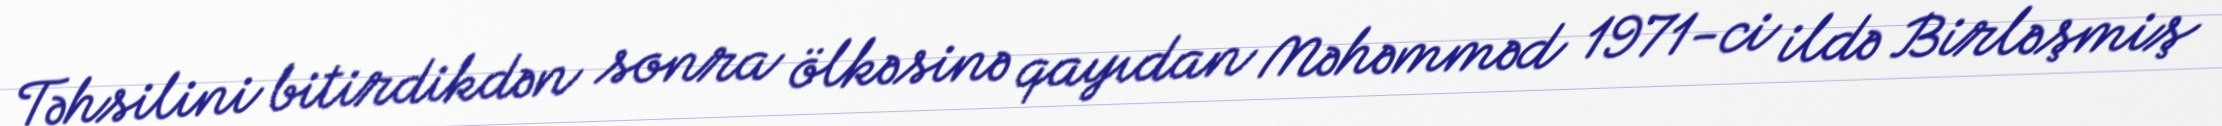
Təhsilini bitirdikdən sonra ölkəsinə qayıdan Məhəmməd 1971-ci ildə Birləşmiş